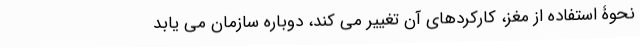
نحوۀ استفاده از مغز، کارکردهای آن تغییر می کند، دوباره سازمان می یابد